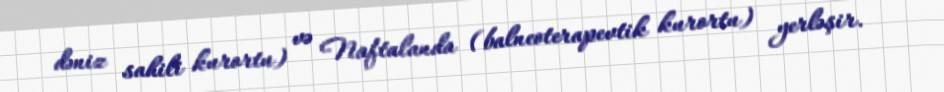
dəniz sahili kurortu) və Naftalanda (balneoterapevtik kurortu) yerləşir.